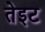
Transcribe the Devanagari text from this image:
तेइट